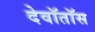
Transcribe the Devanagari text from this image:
देवॉतॉस